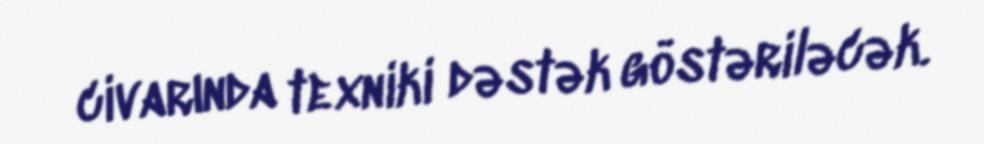
civarında texniki dəstək göstəriləcək.